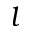
l